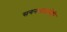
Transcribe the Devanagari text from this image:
सगनभाऊनेही